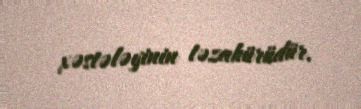
xəstələyinin təzahürüdür.